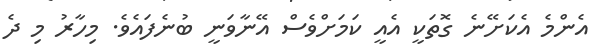
އެންމެ އެކަށޭނެ ގޮތަކީ އެއީ ކަމަށްވެސް އޭނާވަނީ ބުނެފައެވެ. މިހާރު މި ދެ